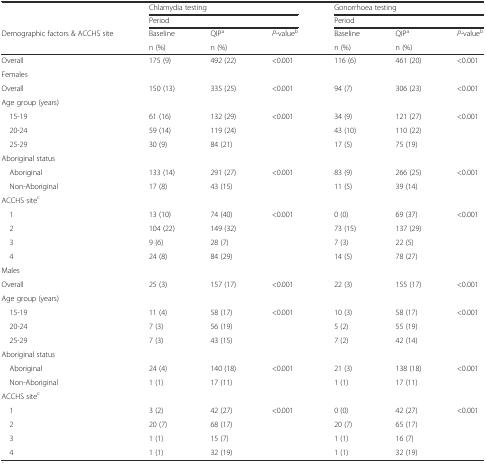
<table><thead><tr><td></td><td colspan="3"><b>Chlamydia testing</b></td><td colspan="3"><b>Gonorrhoea testing</b></td></tr><tr><td></td><td colspan="3"><b>Period</b></td><td colspan="3"><b>Period</b></td></tr><tr><td><b>Demographic factors &amp; ACCHS site</b></td><td><b>Baseline</b></td><td><b>QIP<sup>a</sup></b></td><td><b><i>P</i>-value<sup>b</sup></b></td><td><b>Baseline</b></td><td><b>QIP<sup>a</sup></b></td><td><b><i>P</i>-value<sup>b</sup></b></td></tr><tr><td></td><td><b>n (%)</b></td><td><b>n (%)</b></td><td></td><td><b>n (%)</b></td><td><b>n (%)</b></td><td></td></tr></thead><tbody><tr><td>Overall</td><td>175 (9)</td><td>492 (22)</td><td>&lt;0.001</td><td>116 (6)</td><td>461 (20)</td><td>&lt;0.001</td></tr><tr><td colspan="7">Females</td></tr><tr><td>Overall</td><td>150 (13)</td><td>335 (25)</td><td>&lt;0.001</td><td>94 (7)</td><td>306 (23)</td><td>&lt;0.001</td></tr><tr><td>Age group (years)</td><td></td><td></td><td></td><td></td><td></td><td></td></tr><tr><td> 15-19</td><td>61 (16)</td><td>132 (29)</td><td>&lt;0.001</td><td>34 (9)</td><td>121 (27)</td><td>&lt;0.001</td></tr><tr><td> 20-24</td><td>59 (14)</td><td>119 (24)</td><td></td><td>43 (10)</td><td>110 (22)</td><td></td></tr><tr><td> 25-29</td><td>30 (9)</td><td>84 (21)</td><td></td><td>17 (5)</td><td>75 (19)</td><td></td></tr><tr><td>Aboriginal status</td><td></td><td></td><td></td><td></td><td></td><td></td></tr><tr><td> Aboriginal</td><td>133 (14)</td><td>291 (27)</td><td>&lt;0.001</td><td>83 (9)</td><td>266 (25)</td><td>&lt;0.001</td></tr><tr><td> Non-Aboriginal</td><td>17 (8)</td><td>43 (15)</td><td></td><td>11 (5)</td><td>39 (14)</td><td></td></tr><tr><td>ACCHS site<sup>c</sup></td><td></td><td></td><td></td><td></td><td></td><td></td></tr><tr><td> 1</td><td>13 (10)</td><td>74 (40)</td><td>&lt;0.001</td><td>0 (0)</td><td>69 (37)</td><td>&lt;0.001</td></tr><tr><td> 2</td><td>104 (22)</td><td>149 (32)</td><td></td><td>73 (15)</td><td>137 (29)</td><td></td></tr><tr><td> 3</td><td>9 (6)</td><td>28 (7)</td><td></td><td>7 (3)</td><td>22 (5)</td><td></td></tr><tr><td> 4</td><td>24 (8)</td><td>84 (29)</td><td></td><td>14 (5)</td><td>78 (27)</td><td></td></tr><tr><td colspan="7">Males</td></tr><tr><td>Overall</td><td>25 (3)</td><td>157 (17)</td><td>&lt;0.001</td><td>22 (3)</td><td>155 (17)</td><td>&lt;0.001</td></tr><tr><td>Age group (years)</td><td></td><td></td><td></td><td></td><td></td><td></td></tr><tr><td> 15-19</td><td>11 (4)</td><td>58 (17)</td><td>&lt;0.001</td><td>10 (3)</td><td>58 (17)</td><td>&lt;0.001</td></tr><tr><td> 20-24</td><td>7 (3)</td><td>56 (19)</td><td></td><td>5 (2)</td><td>55 (19)</td><td></td></tr><tr><td> 25-29</td><td>7 (3)</td><td>43 (15)</td><td></td><td>7 (2)</td><td>42 (14)</td><td></td></tr><tr><td>Aboriginal status</td><td></td><td></td><td></td><td></td><td></td><td></td></tr><tr><td> Aboriginal</td><td>24 (4)</td><td>140 (18)</td><td>&lt;0.001</td><td>21 (3)</td><td>138 (18)</td><td>&lt;0.001</td></tr><tr><td> Non-Aboriginal</td><td>1 (1)</td><td>17 (11)</td><td></td><td>1 (1)</td><td>17 (11)</td><td></td></tr><tr><td>ACCHS site<sup>c</sup></td><td></td><td></td><td></td><td></td><td></td><td></td></tr><tr><td> 1</td><td>3 (2)</td><td>42 (27)</td><td>&lt;0.001</td><td>0 (0)</td><td>42 (27)</td><td>&lt;0.001</td></tr><tr><td> 2</td><td>20 (7)</td><td>68 (17)</td><td></td><td>20 (7)</td><td>65 (17)</td><td></td></tr><tr><td> 3</td><td>1 (1)</td><td>15 (7)</td><td></td><td>1 (1)</td><td>16 (7)</td><td></td></tr><tr><td> 4</td><td>1 (1)</td><td>32 (19)</td><td></td><td>1 (1)</td><td>32 (19)</td><td></td></tr></tbody></table>